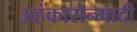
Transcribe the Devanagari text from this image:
अहंकारोन्मादी